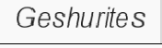
Geshurites